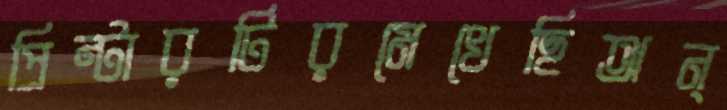
প্রিন্টারটিরমেখেছিঅন্